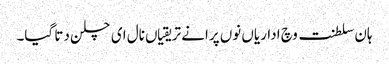
ہان سلطنت وچ اداریاں نوں پرانے تریقیاں نال ای چلن دتا گیا۔